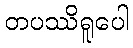
တပဿိရူပေါ